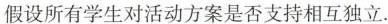
假设所有学生对活动方案是否支持相互独立.